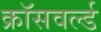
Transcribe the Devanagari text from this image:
क्रॉसवर्ल्ड